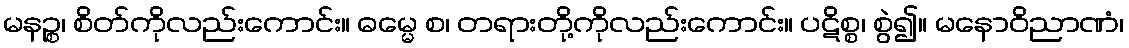
မနဉ္စ၊ စိတ်ကိုလည်းကောင်း။ ဓမ္မေ စ၊ တရားတို့ကိုလည်းကောင်း။ ပဋိစ္စ၊ စွဲ၍။ မနောဝိညာဏံ၊